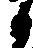
候